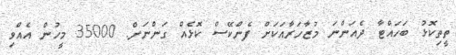
ތީތިކޮޅު ބަހައްޓާ ދެއަންނަ މުޒާހަރާއަކަށް ފެންކޭސް ކޮޅެއް ގަންނަން. 35000 މީހުން އެއްވި